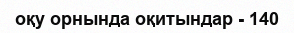
оқу орнында оқитындар - 140